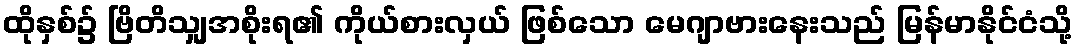
ထိုနှစ်၌ ဗြိတိသျှအစိုးရ၏ ကိုယ်စားလှယ် ဖြစ်သော မေဂျာဗားနေးသည် မြန်မာနိုင်ငံသို့